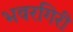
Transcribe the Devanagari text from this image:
भवरगिरी